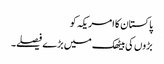
پاکستان کا امریکہ کو
بڑوں کی بیٹھک میں بڑے فیصلے۔